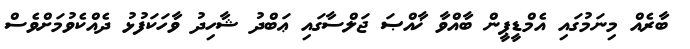
ބާރެއް މިނަމުގައި އެމްޑީޕީން ބާއްވާ ޚާއްޞަ ޖަލްސާގައި ޢަބްދު ޝާހިދު ވާހަކަފުޅު ދެއްކެވުމަށްވެސް